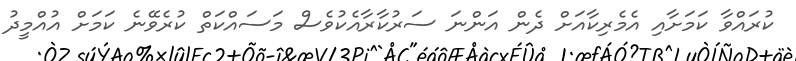
ކުރައްވާ ކަމަށާއި އެމެރިކާއަށް ދެން އަންނަ ސަރުކާރާއެކުވެސް މަސައްކަތް ކުރެވޭނެ ކަމަށް އުއްމީދު